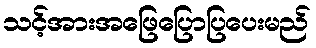
သင့်အားအဖြေပြောပြပေးမည်